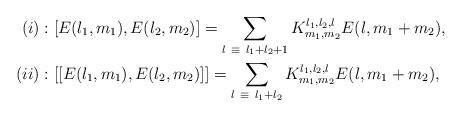
LaTeX: \begin{align*}(i) & :\left[ E(l_{1},m_{1}),E(l_{2},m_{2})\right] =\sum_{l\ \equiv\ l_{1}+l_{2}+1}K_{m_{1},m_{2}}^{l_{1},l_{2},l}E(l,m_{1}+m_{2}),\\(ii) & :\left[ \left[ E(l_{1},m_{1}),E(l_{2},m_{2})\right] \right]=\sum_{l\ \equiv\ l_{1}+l_{2}}K_{m_{1},m_{2}}^{l_{1},l_{2},l}E(l,m_{1}+m_{2}), \end{align*}